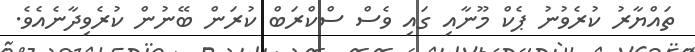
ތައްޔާރު ކުރެވުނު ޕެކް މޫނާއި ގައި ވެސް ސްކްރަބް ކުރަން ބޭނުން ކުރެވިދާނެއެވެ.